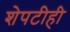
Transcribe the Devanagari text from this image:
शेपटीही